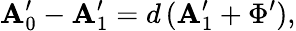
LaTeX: \mathbf{A}_{0}^{\prime}-\mathbf{A}_{1}^{\prime}=d\, (\mathbf{A}_{1}^{\prime}+\Phi^{\prime}),